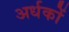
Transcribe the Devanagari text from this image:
अर्धकों